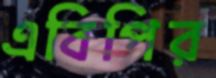
এবিপির